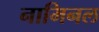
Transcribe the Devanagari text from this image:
नामिनल